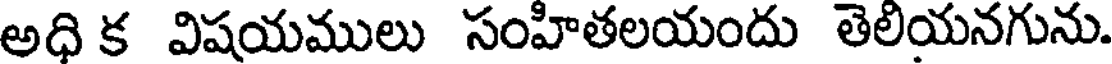
అధి క విషయములు సంహితలయందు తెలియనగును.